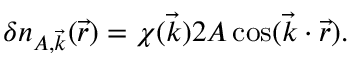
\delta n _ { A , \vec { k } } ( \vec { r } ) = \chi ( \vec { k } ) 2 A \cos ( \vec { k } \cdot \vec { r } ) .